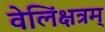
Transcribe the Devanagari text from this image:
वेलिंक्षत्रम्